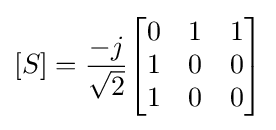
[S]={\frac {-j}{\sqrt {2}}}{\begin{bmatrix}0&1&1\\1&0&0\\1&0&0\\\end{bmatrix}}